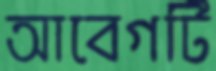
আবেগটি